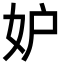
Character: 妒